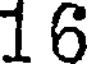
16